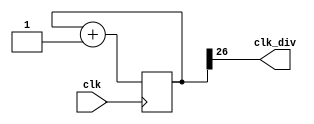
module clock_divider #(
    parameter n = 27
)(
    input wire  clk,
    output wire clk_div  
);

    reg [n-1:0] num;
    wire [n-1:0] next_num;

    always @(posedge clk) begin
        num <= next_num;
    end

    assign next_num = num + 1;
    assign clk_div = num[n-1];
endmodule
module clock_100Hz(input wire clk, output wire clk_100Hz);
    reg[23:0] Q;
    reg ms;
    always @(posedge clk) begin
        ms <= 0;
        if(Q == 24'd499999) begin
            Q<=0;
            ms<=!clk_100Hz;
        end else begin
            Q<=Q+1'b1;
            ms<=clk_100Hz;
        end
    end
    assign clk_100Hz = ms;
endmodule
module debounce (
	input wire clk,
	input wire pb, 
	output wire pb_debounced 
);
	reg [10:0] shift_reg; 

	always @(posedge clk) begin
		shift_reg[10:1] <= shift_reg[9:0];
		shift_reg[0] <= pb;
	end

	assign pb_debounced = ((shift_reg == 11'b11111111111) ? 1'b1 : 1'b0);

endmodule
module one_pulse (
    input wire clk,
    input wire pb_in,
    output reg pb_out
);

	reg pb_in_delay;

	always @(posedge clk) begin
		if (pb_in == 1'b1 && pb_in_delay == 1'b0) begin
			pb_out <= 1'b1;
		end else begin
			pb_out <= 1'b0;
		end
	end
	
	always @(posedge clk) begin
		pb_in_delay <= pb_in;
	end
endmodule
module lab4_2 ( 
    input wire clk,
    input wire rst,
    input wire Digit_1,
    input wire Digit_2,
    input wire Digit_3,
    input wire stop,
    input wire start,
    input wire increase,
    input wire decrease,
    input wire direction,
    output reg [3:0] DIGIT,
    output reg [6:0] DISPLAY,
    output reg [15:0] led
); 
    /* Note that output ports can be either reg or wire. 
    * It depends on how you design your module. */
    // add your design here

    //declaration
    wire increase_deb, increase_one_pulse;
    wire decrease_deb, decrease_one_pulse;
    wire stop_deb, stop_one_pulse;
    wire start_deb, start_one_pulse;
    wire direction_deb, direction_one_pulse;
    wire clk_100Hz, clk_div15;

    reg dir = 1'b1;
    reg [3:0] next_digit=0;
    reg [3:0] next_display=0;
    reg [15:0] next_led=0;
    reg [1:0] state=0, next_state=0;

    integer target=0, next_target=0, next_target_digit1=0, next_target_digit2=0, next_target_digit3=0;
    integer val=0, next_val=0;
    integer diff_val_target=0;
    integer next_led_flash_cnt=0, led_flash_cnt=0;

    parameter init = 2'b00;
    parameter counting = 2'b01;
    parameter fail = 2'b10;
    parameter success = 2'b11;
    parameter zero = 7'b1000000;
    parameter one = 7'b1111001;
    parameter two = 7'b0100100;
    parameter three = 7'b0110000;
    parameter four = 7'b0011001;
    parameter five = 7'b0010010;
    parameter six = 7'b0000010;
    parameter seven = 7'b1111000;
    parameter eight = 7'b0;
    parameter nine = 7'b0010000;
    parameter up = 7'b1011100;//10
    parameter down = 7'b1100011;//11
    parameter dash = 7'b0111111;//12
    parameter S = 7'b0010010;//13
    parameter F = 7'b0001110;//14
    parameter Void = 7'b1111111;//15
    parameter led_all_on  = 16'b1111111111111111;
    parameter led_all_off = 16'b0;
    //module inplementation
    clock_divider #(15) div1(.clk(clk), .clk_div(clk_div15));
    clock_100Hz clock1(.clk(clk), .clk_100Hz(clk_100Hz));
    debounce stop_debounce(.clk(clk_100Hz), .pb(stop), .pb_debounced(stop_deb));
    one_pulse one_pulse_stop(.clk(clk_100Hz), .pb_in(stop_deb), .pb_out(stop_one_pulse));
    debounce start_debounce(.clk(clk_100Hz), .pb(start), .pb_debounced(start_deb));
    one_pulse one_pulse_start(.clk(clk_100Hz), .pb_in(start_deb), .pb_out(start_one_pulse));
    debounce increase_debounce(.clk(clk_100Hz), .pb(increase), .pb_debounced(increase_deb));
    one_pulse one_pulse_increase(.clk(clk_100Hz), .pb_in(increase_deb), .pb_out(increase_one_pulse));
    debounce decrease_debounce(.clk(clk_100Hz), .pb(decrease), .pb_debounced(decrease_deb));
    one_pulse one_pulse_decrease(.clk(clk_100Hz), .pb_in(decrease_deb), .pb_out(decrease_one_pulse));
    debounce direction_debounce(.clk(clk_100Hz), .pb(direction), .pb_debounced(direction_deb));
    one_pulse one_pulse_direction(.clk(clk_100Hz), .pb_in(direction_deb), .pb_out(direction_one_pulse));

    //direction
    always @(posedge direction_one_pulse or posedge rst) begin
        if(rst) dir <= 1;
        else if(state == init)   dir <= ~dir;
        else dir <= dir;
    end

    //digit
    always @(posedge clk_div15) begin
        DIGIT <= next_digit;
    end
    always @(posedge clk_div15) begin
        case(DIGIT)
        4'b1110: next_digit <= 4'b1101;
        4'b1101: next_digit <= 4'b1011;
        4'b1011: next_digit <= 4'b0111;
        4'b0111: next_digit <= 4'b1110;
        default: next_digit <= 4'b1110;    
        endcase
    end

    //display
    always @(*) begin
        case(next_display)
        4'd0: DISPLAY <= zero;
        4'd1: DISPLAY <= one;
        4'd2: DISPLAY <= two;
        4'd3: DISPLAY <= three;
        4'd4: DISPLAY <= four;
        4'd5: DISPLAY <= five;
        4'd6: DISPLAY <= six;
        4'd7: DISPLAY <= seven;
        4'd8: DISPLAY <= eight;
        4'd9: DISPLAY <= nine;
        4'd10: DISPLAY <= up;
        4'd11: DISPLAY <= down;
        4'd12: DISPLAY <= dash;
        4'd13: DISPLAY <= S;
        4'd14: DISPLAY <= F;
        4'd15: DISPLAY <= Void;
        default: DISPLAY <= Void;
        endcase
    end
    always @(posedge clk_div15, posedge rst) begin
        if(rst) begin
            case(DIGIT)
            4'b1110: next_display = 0;
            4'b1101: next_display = 0;  
            4'b1011: next_display = 10;
            4'b0111: next_display = 0;  
            default: next_display = 15;  
            endcase
        end else begin
            case(state)
            init: begin
                case(DIGIT)
                4'b1110: next_display = (target%100)/10;
                4'b1101: next_display = target/100;
                4'b1011: next_display = (dir) ? 10 : 11;
                4'b0111: next_display = target%10;
                default: next_display = 15;  
                endcase
            end 
            counting: begin
                if((dir && val>299) || (!dir && val<700)) next_display = (DIGIT == 4'b1011)?(dir)?10:11:12;
                else begin
                    case(DIGIT)
                    4'b1110: next_display = ((val%100)/10);
                    4'b1101: next_display = val/100;
                    4'b1011: next_display = (dir) ? 10 : 11;
                    4'b0111: next_display = val%10;
                    default: next_display = 15;  
                endcase
                end       
            end
            fail: begin
                case(DIGIT)
                4'b1110: next_display = (val%100)/10;
                4'b1101: next_display = val/100;
                4'b1011: next_display = 14;
                4'b0111: next_display = val%10;
                default: next_display = Void;  
                endcase
            end
            success: begin
                case(DIGIT)
                4'b1110: next_display = (val%100)/10;
                4'b1101: next_display = val/100;
                4'b1011: next_display = 13;
                4'b0111: next_display = val%10;
                default: next_display = Void;  
                endcase
            end
            default: next_display = Void;  
            endcase
        end
    end

    //target
    always @(posedge clk_100Hz or posedge rst) begin
        if(rst) target <= 0;
        else target <= 100*(next_target_digit3%10) + 10*(next_target_digit2%10) + next_target_digit1%10;
    end

    always @(posedge clk_100Hz or posedge rst)begin
        if(rst) begin
            next_target_digit1 <= 0;
            next_target_digit2 <= 0;
            next_target_digit3 <= 0;
        end
        else begin
            case(state)
            init: begin
                if(Digit_1 || Digit_2 || Digit_3) begin
                    if(increase_one_pulse) begin
                        if(Digit_1) next_target_digit1 <= (target%10 == 9) ? 0 : (target%10)+1;
                        else next_target_digit1 <= target%10;
                        if(Digit_2) next_target_digit2 <= ((target%100)/10 == 9) ? 0 : (target%100)/10+1;
                        else next_target_digit2 <= (target%100)/10;
                        if(Digit_3) next_target_digit3 <= (target/100 == 9) ? 0 : (target/100)+1;
                        else next_target_digit3 <= target/100;
                    end else if(decrease_one_pulse) begin
                        if(Digit_1) next_target_digit1 <= (target%10 == 0) ? 9 : (target%10)-1;
                        else next_target_digit1 <= target%10;
                        if(Digit_2) next_target_digit2 <= ((target%100)/10 == 0) ? 9 : (target%100)/10-1;
                        else next_target_digit2 <= (target%100)/10;
                        if(Digit_3) next_target_digit3 <= (target/100 == 0) ? 9 : (target/100)-1;
                        else next_target_digit3 <= target/100;
                    end else begin
                        next_target_digit1 <= target%10;
                        next_target_digit2 <= (target%100)/10;
                        next_target_digit3 <= target/100;
                    end
                end
            end
            default: begin
                next_target_digit1 <= target%10;
                next_target_digit2 <= (target%100)/10;
                next_target_digit3 <= target/100;
            end
            endcase        
        end

    end

    //val
    always @(posedge clk_100Hz) begin
        val <= next_val;
    end
    always @* begin
        if(rst) next_val = 0;
        else begin
            case(state)
            init: next_val = (dir) ? 0 : 999;
            counting: begin
                if(dir) next_val = (val == 999) ? val : val+1;
                else next_val = (val == 0) ? val : val-1;
            end
            default: next_val = val;
            endcase
        end
    end

    //state
    always @(posedge clk) begin
        state <= next_state;
        diff_val_target <= val>target ? val-target : target-val;
    end
    always @* begin
        if(rst) next_state = init;
        else begin
            case(state)
            init: begin
                if(start_one_pulse) next_state = counting;
                else next_state = state;
            end
            counting: begin
                if(stop_one_pulse) begin
                    if(diff_val_target <= 100) next_state = success;
                    else next_state = fail;
                end else begin
                    if((dir && val == 999) || (!dir && val == 0)) next_state = fail;
                    else next_state = state;
                end
            end
            fail: begin
                if(start_one_pulse) next_state = init;
                else next_state = state;
            end
            success: begin
                if(start_one_pulse) next_state = init;
                else next_state = state;
            end
            default: next_state = init;
            endcase
        end
    end

    //led
    always @(posedge clk_100Hz) begin
        led <= next_led;
        led_flash_cnt  <= next_led_flash_cnt;
    end
    always @* begin
        case(state)
        init: begin
            next_led = led_all_on;
            next_led_flash_cnt = 0;
        end
        counting: begin
            if(dir) next_led = (val<=299) ? led_all_on : led_all_off;
            else next_led = (val>=700) ? led_all_on : led_all_off;
            next_led_flash_cnt = 0;
        end
        fail: begin
            if(led_flash_cnt%100 == 0 && led_flash_cnt <= 500) begin
                next_led = (led_flash_cnt%200 == 0) ? led_all_on : led_all_off;
                next_led_flash_cnt = led_flash_cnt +1;
            end else begin
                next_led = led;
                next_led_flash_cnt = led_flash_cnt + 1;
            end
        end
        success: begin
            if(led_flash_cnt%100 == 0 && led_flash_cnt < 500) begin
                next_led = (led_flash_cnt%200 == 0) ? led_all_on : led_all_off;
                next_led_flash_cnt = led_flash_cnt +1;
            end else begin
                next_led = led;
                next_led_flash_cnt = led_flash_cnt + 1;
            end
        end
        default: begin
            next_led = led_all_on;
            next_led_flash_cnt = 0;
        end
        endcase
    end
endmodule